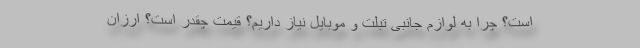
است؟ چرا به لوازم جانبی تبلت و موبایل نیاز داریم؟ قیمت چقدر است؟ ارزان